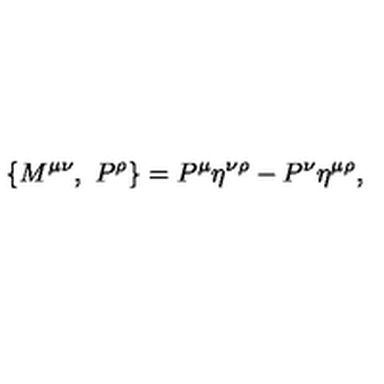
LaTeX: \{ M ^ { \mu \nu } , \ P ^ { \rho } \} = P ^ { \mu } \eta ^ { \nu \rho } - P ^ { \nu } \eta ^ { \mu \rho } ,